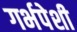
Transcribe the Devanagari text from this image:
गर्भपेशी